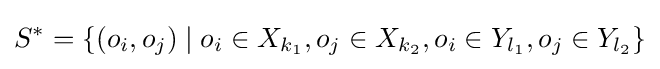
S^{*}=\{(o_{i},o_{j})\mid o_{i}\in X_{k_{1}},o_{j}\in X_{k_{2}},o_{i}\in Y_{l_{1}},o_{j}\in Y_{l_{2}}\}